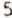
5